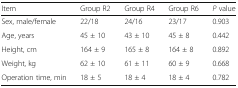
| Item | Group R2 | Group R4 | Group R6 | P value |
 | --- | --- | --- | --- | --- |
 | Sex, male/female | 22/18 | 24/16 | 23/17 | 0.903 |
 | Age, years | 45 ± 10 | 43 ± 10 | 45 ± 8 | 0.442 |
 | Height, cm | 164 ± 9 | 165 ± 8 | 164 ± 8 | 0.892 |
 | Weight, kg | 62 ± 10 | 61 ± 11 | 60 ± 9 | 0.668 |
 | Operation time, min | 18 ± 5 | 18 ± 4 | 18 ± 4 | 0.782 |